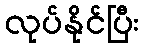
လုပ်နိုင်ပြီး